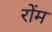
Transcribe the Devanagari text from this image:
रोंम